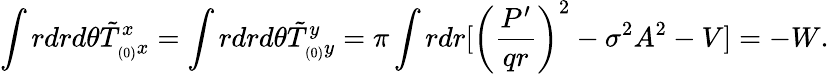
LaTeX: \int rdrd\theta\tilde{T}_{_{(0)}x}^{x}=\int rdrd\theta\tilde{T}_{_{(0)}y}^{y}=\pi\int rdr[\left(\frac{P^{\prime}}{qr}\right)^{2}-\sigma^{2}A^{2}-V]=-W.